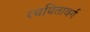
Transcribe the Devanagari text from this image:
रचयितावर्ग